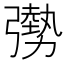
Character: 𫸾